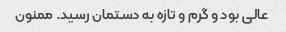
عالی بود و گرم و تازه به دستمان رسید. ممنون